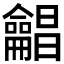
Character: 𱍊